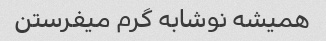
همیشه نوشابه گرم میفرستن